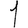
Digit: 1